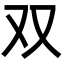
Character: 双